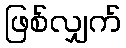
ဖြစ်လျှက်